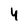
Character: 4